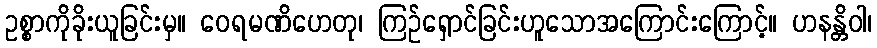
ဥစ္စာကိုခိုးယူခြင်းမှ။ ဝေရမဏိဟေတု၊ ကြဉ်ရှောင်ခြင်းဟူသောအကြောင်းကြောင့်။ ဟနန္တိဝါ၊